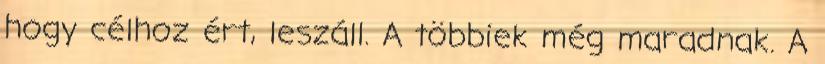
hogy célhoz ért, leszáll. A többiek még maradnak. A